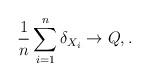
LaTeX: \begin{align*}\frac{1}{n}\sum_{i=1}^n\delta_{X_i} \to Q, . \end{align*}